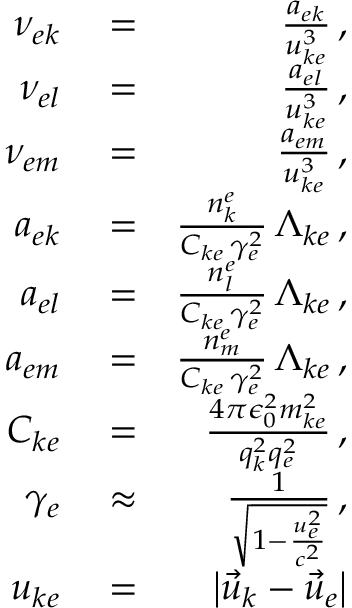
\begin{array} { r l r } { \nu _ { e k } } & { { } = } & { \frac { a _ { e k } } { u _ { k e } ^ { 3 } } \, , } \\ { \nu _ { e l } } & { { } = } & { \frac { a _ { e l } } { u _ { k e } ^ { 3 } } \, , } \\ { \nu _ { e m } } & { { } = } & { \frac { a _ { e m } } { u _ { k e } ^ { 3 } } \, , } \\ { a _ { e k } } & { { } = } & { \frac { n _ { k } ^ { e } } { C _ { k e } \, \gamma _ { e } ^ { 2 } } \, \Lambda _ { k e } \, , } \\ { a _ { e l } } & { { } = } & { \frac { n _ { l } ^ { e } } { C _ { k e } \, \gamma _ { e } ^ { 2 } } \, \Lambda _ { k e } \, , } \\ { a _ { e m } } & { { } = } & { \frac { n _ { m } ^ { e } } { C _ { k e } \, \gamma _ { e } ^ { 2 } } \, \Lambda _ { k e } \, , } \\ { C _ { k e } } & { { } = } & { \frac { 4 \pi \epsilon _ { 0 } ^ { 2 } m _ { k e } ^ { 2 } } { q _ { k } ^ { 2 } q _ { e } ^ { 2 } } \, , } \\ { \gamma _ { e } } & { { } \approx } & { \frac { 1 } { \sqrt { 1 - \frac { u _ { e } ^ { 2 } } { c ^ { 2 } } } } \, , } \\ { u _ { k e } } & { { } = } & { \left| \vec { u } _ { k } - \vec { u } _ { e } \right| } \end{array}